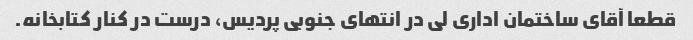
قطعا آقای ساختمان اداری لی در انتهای جنوبی پردیس، درست در کنار کتابخانه.